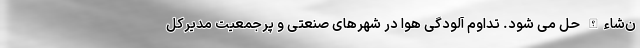
ن‌شاءالله حل می شود. تداوم آلودگی هوا در شهرهای صنعتی و پرجمعیت مدیرکل